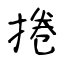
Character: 捲